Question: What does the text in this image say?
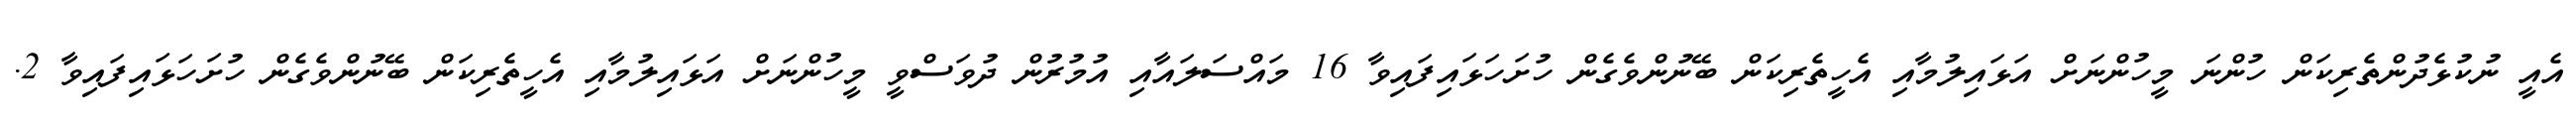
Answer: އެއީ ނުކުޅެދުންތެރިކަން ހުންނަ މީހުންނަށް އަޅައިލުމާއި އެހީތެރިކަން ބޭނުންވެގެން ހުށަހަޅައިފައިވާ 16 މައްސަލައާއި އުމުރުން ދުވަސްވީ މީހުންނަށް އަޅައިލުމާއި އެހީތެރިކަން ބޭނުންވެގެން ހުށަހަޅައިފައިވާ 2.